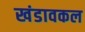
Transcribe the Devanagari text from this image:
खंडावकल